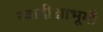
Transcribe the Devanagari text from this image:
स्वादीक्षाभूमी